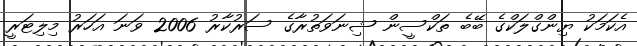
އެކަމަކު ޔިންގްލަކްގެ ބޭބެ ތަކްސީން ޝިނަވަތުރާގެ ސަރުކާރު 2006 ވަނަ އަހަރު މިލިޓަރީ